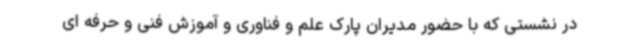
در نشستی که با حضور مدیران پارک علم و فناوری و آموزش فنی و حرفه ای